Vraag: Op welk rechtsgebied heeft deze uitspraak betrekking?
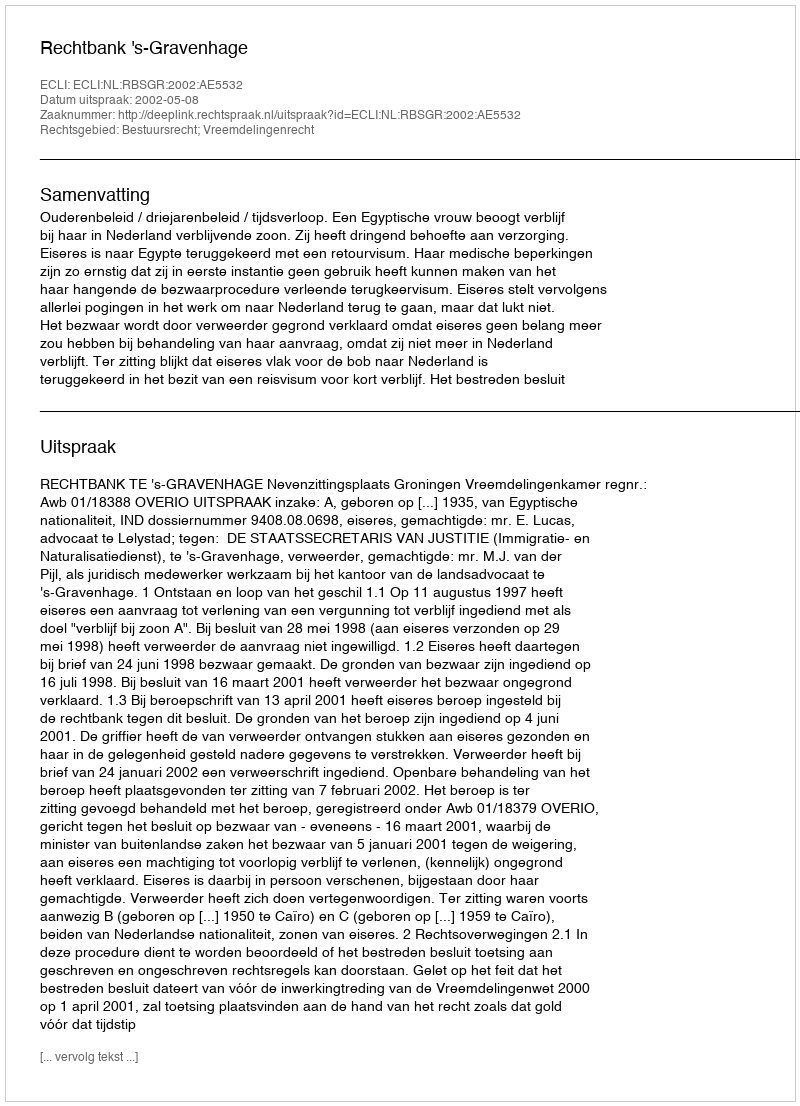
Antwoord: Bestuursrecht; Vreemdelingenrecht